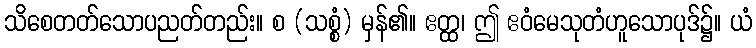
သိစေတတ်သောပညတ်တည်း။ စ (သစ္စံ) မှန်၏။ ဧတ္ထ၊ ဤ ဧဝံမေသုတံဟူသောပုဒ်၌။ ယံ